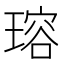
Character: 瑢